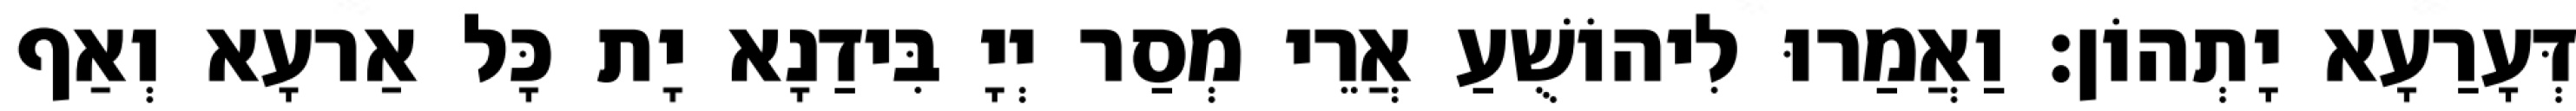
דְּעָרַעָא יָתְהוֹן׃ וַאֲמַרוּ לִיהוֹשֻׁעַ אֲרֵי מְסַר יְיָ בִּידַנָא יָת כָּל אַרעָא וְאַף